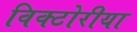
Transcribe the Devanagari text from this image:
विक्टोरीया